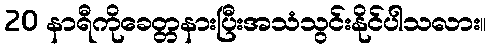
20 နာရီကိုခေတ္တနားပြီးအသံသွင်းနိုင်ပါသလား။